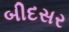
બીદસર